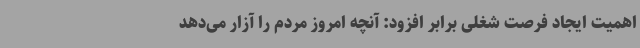
اهمیت ایجاد فرصت شغلی برابر افزود: آنچه امروز مردم را آزار می‌دهد